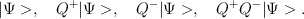
\begin{align*}|\Psi>, \hspace{4mm} Q^+ |\Psi>,\hspace{4mm} Q^- |\Psi>,\hspace{4mm} Q^+ Q^- |\Psi>.\end{align*}